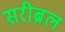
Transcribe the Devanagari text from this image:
सरीब्रल